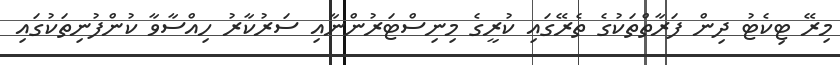
މިރޭ ޓިކެޓު ދިން ފަރާތްތަކުގެ ތެރޭގައި ކުރީގެ މިނިސްޓަރުންނާއި ސަރުކާރު ހިއްސާވާ ކުންފުނިތަކުގައި